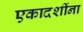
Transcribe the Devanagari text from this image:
एकादशींना